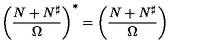
\left( { \frac { N + N ^ { \sharp } } { \Omega } } \right) ^ { * } = \left( { \frac { N + N ^ { \sharp } } { \Omega } } \right)